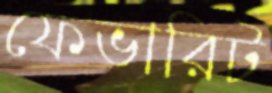
ফেভারিট